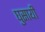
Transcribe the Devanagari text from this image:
घुसायी